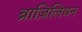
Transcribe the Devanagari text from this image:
ब्राज़िलियन